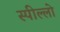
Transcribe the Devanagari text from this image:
स्पील्लो